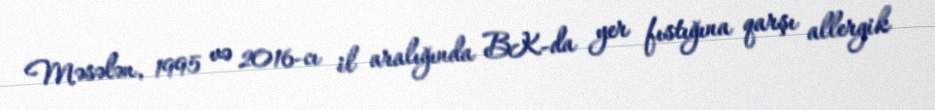
Məsələn, 1995 və 2016-cı il aralığında BK-da yer fıstığına qarşı allergik